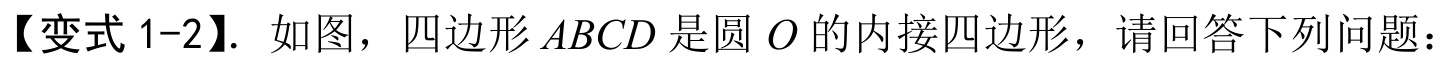
【变式1-2】. 如图，四边形\(ABCD\)是圆\(O\)的内接四边形，请回答下列问题：